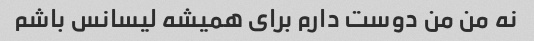
نه من من دوست دارم برای همیشه لیسانس باشم